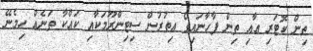
ތިން ކޮޓަރި އާއި ތިން ފާހާނައިގެ އިތުރުން ސިޓިންރޫމަކާއި ކައްކާ ތަނެއް ހިމެނޭ